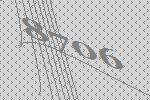
8706